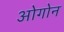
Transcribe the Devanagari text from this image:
ओगोन